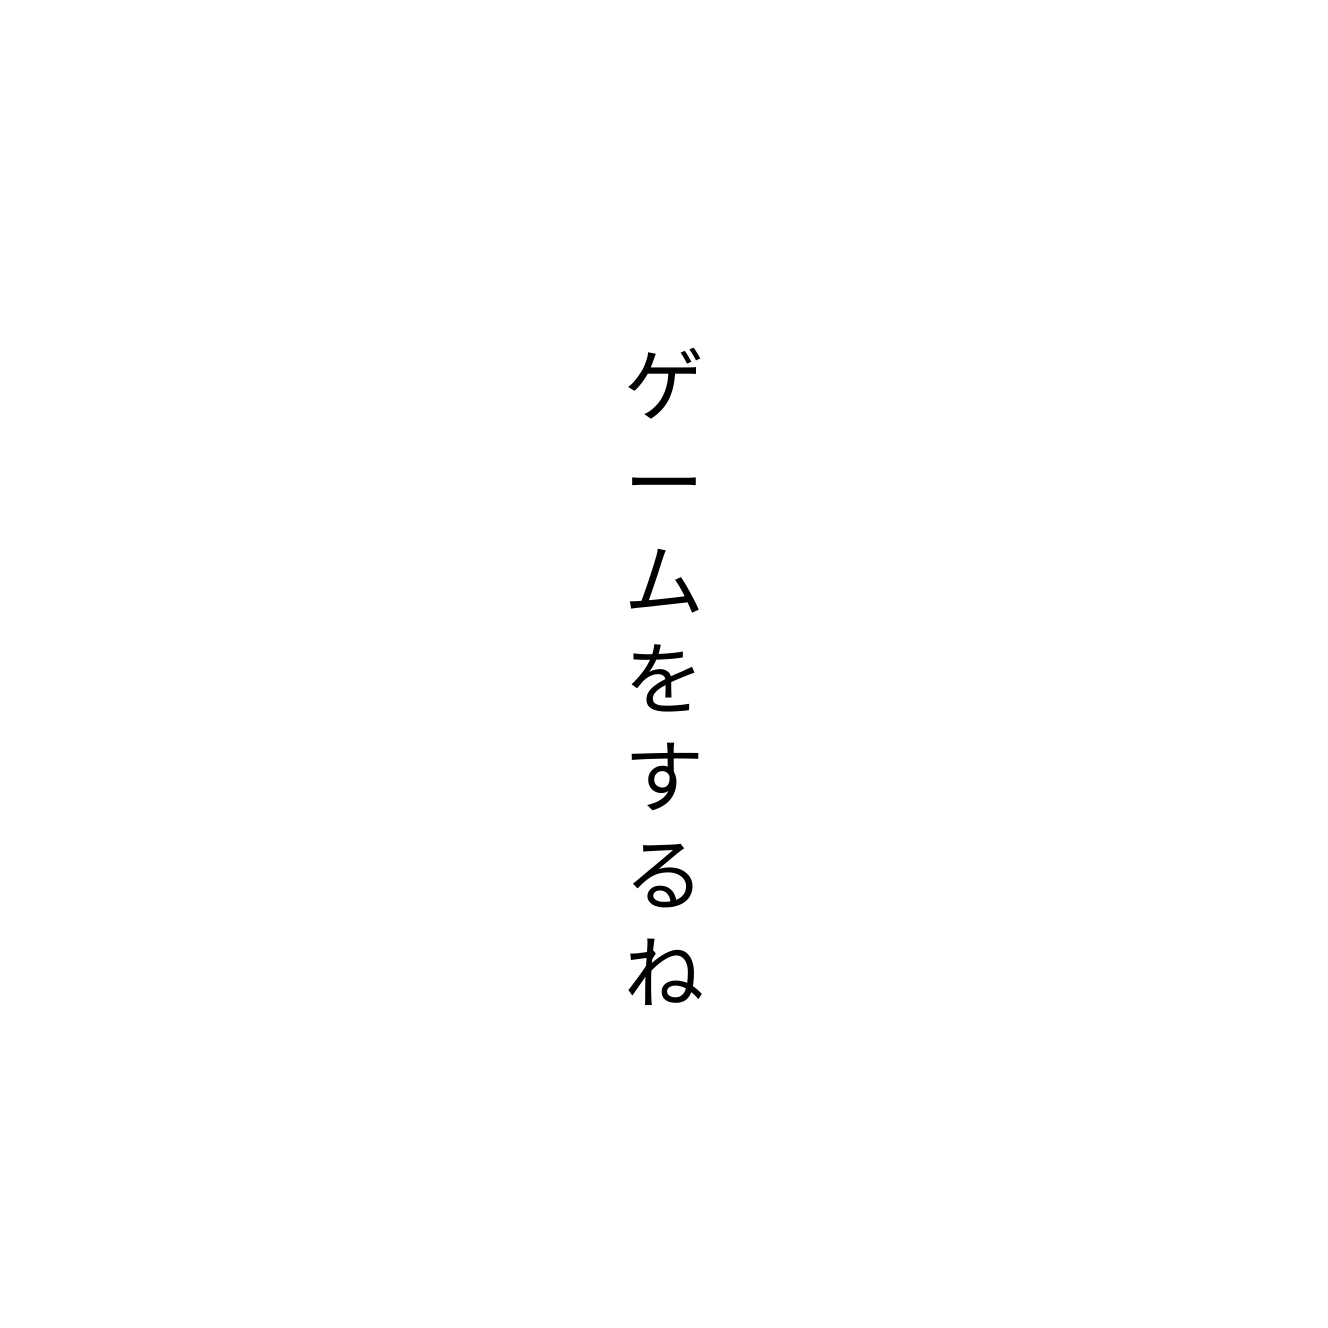
ゲームをするね